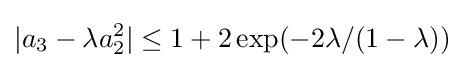
|a_{3}-\lambda a_{2}^{2}|\leq 1+2\exp(-2\lambda /(1-\lambda ))